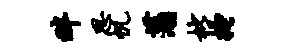
畔思帆蒲枇搔